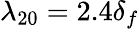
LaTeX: \lambda_{20}=2.4\delta_{f}